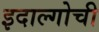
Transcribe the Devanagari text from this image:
इदाल्गोची